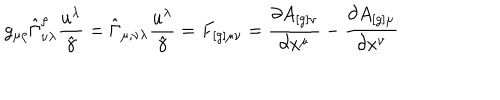
g _ { \mu \rho } \hat { \Gamma } _ { \nu \lambda } ^ { \rho } \frac { u ^ { \lambda } } { \hat { \gamma } } = \hat { \Gamma } _ { \mu , \nu \lambda } \frac { u ^ { \lambda } } { \hat { \gamma } } = F _ { [ g ] \mu \nu } = \frac { \partial A _ { [ g ] \nu } } { \partial x ^ { \mu } } - \frac { \partial A _ { [ g ] \mu } } { \partial x ^ { \nu } }